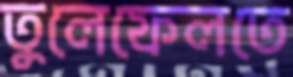
তুলেফেলতে